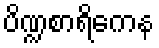
ပိဏ္ဍစာရိကေန